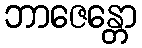
ဘာဇေန္တော